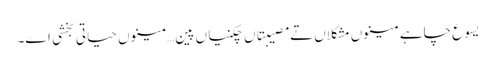
یسوع چاہے مینوں مشکلاں تے مصیبتاں چکنیاں پین… مینوں حیاتی بخشی اے۔